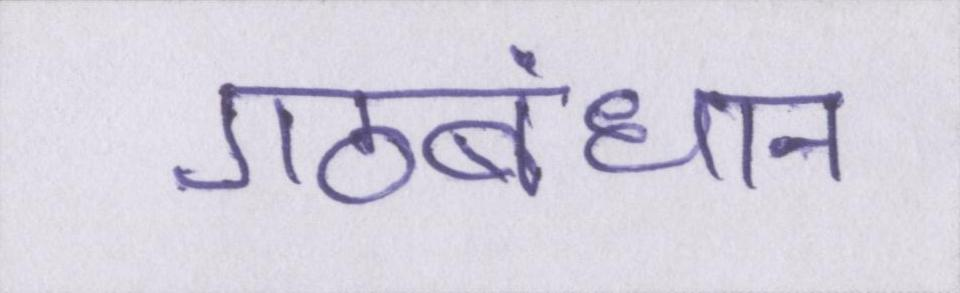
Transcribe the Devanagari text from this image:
गठबंधान